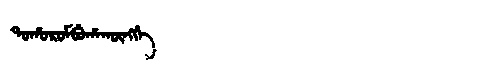
Manchu: ᡨᠣᡥᠣᡵᠣᠮᠪᡠᡥᠠᡴᡡᠩᡤᡝ
Romanization: TOHOROMBUHAKŪNGGE